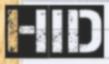
HID